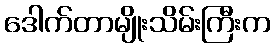
ဒေါက်တာမျိုးသိမ်းကြီးက